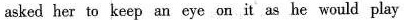
asked her to keep an eye on it as he would play